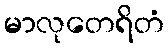
မာလုတေရိတံ